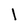
Character: l